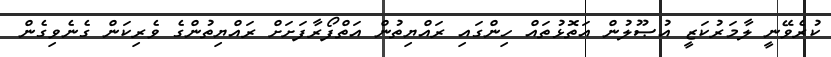
ކުރެވޭނީ ލާމަރުކަޒީ އުޞޫލުން އަތޮޅުތައް ހިންގައި ރައްޔިތުން އަތްފޯރާފަށަށް ރައްޔިތުންގެ ވެރިކަން ގެނެވިގެން